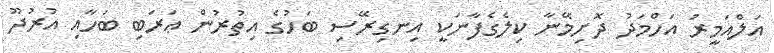
އަލްއަމީރު އަހްމަދު ދޮށިމޭނާ ކިލެގެފާނަކީ އިނގިރޭސި ބަހުގެ އިތުރުން ޢަރަބި ބަހާއި އުރުދޫ